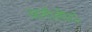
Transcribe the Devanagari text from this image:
आर्गोलीदा